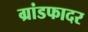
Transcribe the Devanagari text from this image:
ग्रांडफादर